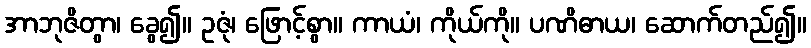
အာဘုဇိတွာ၊ ခွေ၍။ ဥဇုံ၊ ဖြောင့်စွာ။ ကာယံ၊ ကိုယ်ကို။ ပဏိဓာယ၊ ဆောက်တည်၍။